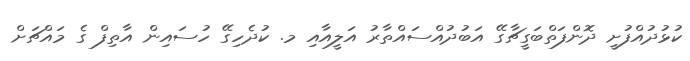
ކުޅުދުއްފުށީ ދޮންފަތްބަގީޗާގޭ އަބުދުއްސައްތާރު އަލީއާއި މ. ކުދެހިގޭ ހުސައިން އާތިފް ގެ މައްޗަށް